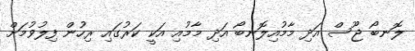
ލޮނބޯ ޖޫސް އަދި މާމުއިލޮނބޯ އަދި މާމުއި އަކީ ކަރުގައި ރިހުން ފިލުވުމަށް